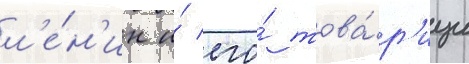
л'е́н'ин и́ его́ това́р'ищи